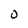
Character: O